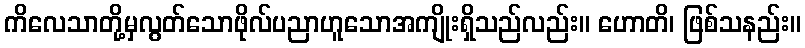
ကိလေသာတို့မှလွတ်သောဖိုလ်ပညာဟူသောအကျိုးရှိသည်လည်း။ ဟောတိ၊ ဖြစ်သနည်း။